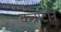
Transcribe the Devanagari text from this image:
कंत्राटाने